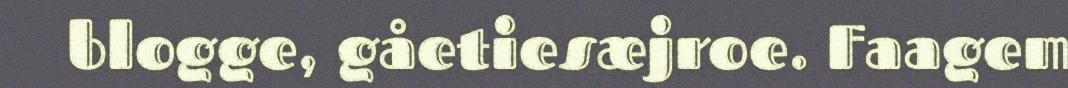
blogge, gåetiesæjroe. Faagem